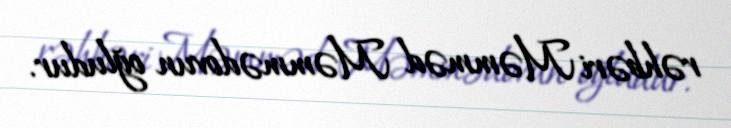
rəhbəri Məmməd Məmmədovun oğludur.